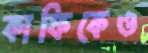
কাফিকেও